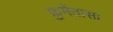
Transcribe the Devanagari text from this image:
फ्रुमेंतासा